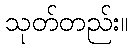
သုတ်တည်း။